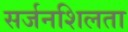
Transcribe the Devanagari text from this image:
सर्जनशिलता